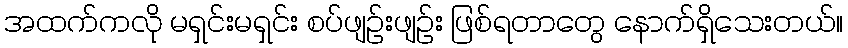
အထက်ကလို မရှင်းမရှင်း စပ်ဖျဉ်းဖျဉ်း ဖြစ်ရတာတွေ နောက်ရှိသေးတယ်။